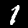
Label: 1